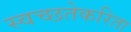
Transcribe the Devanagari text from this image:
स्वच्छतेकरिता